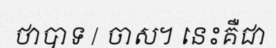
ថាបាទ / ចាស។ នេះគឺជា